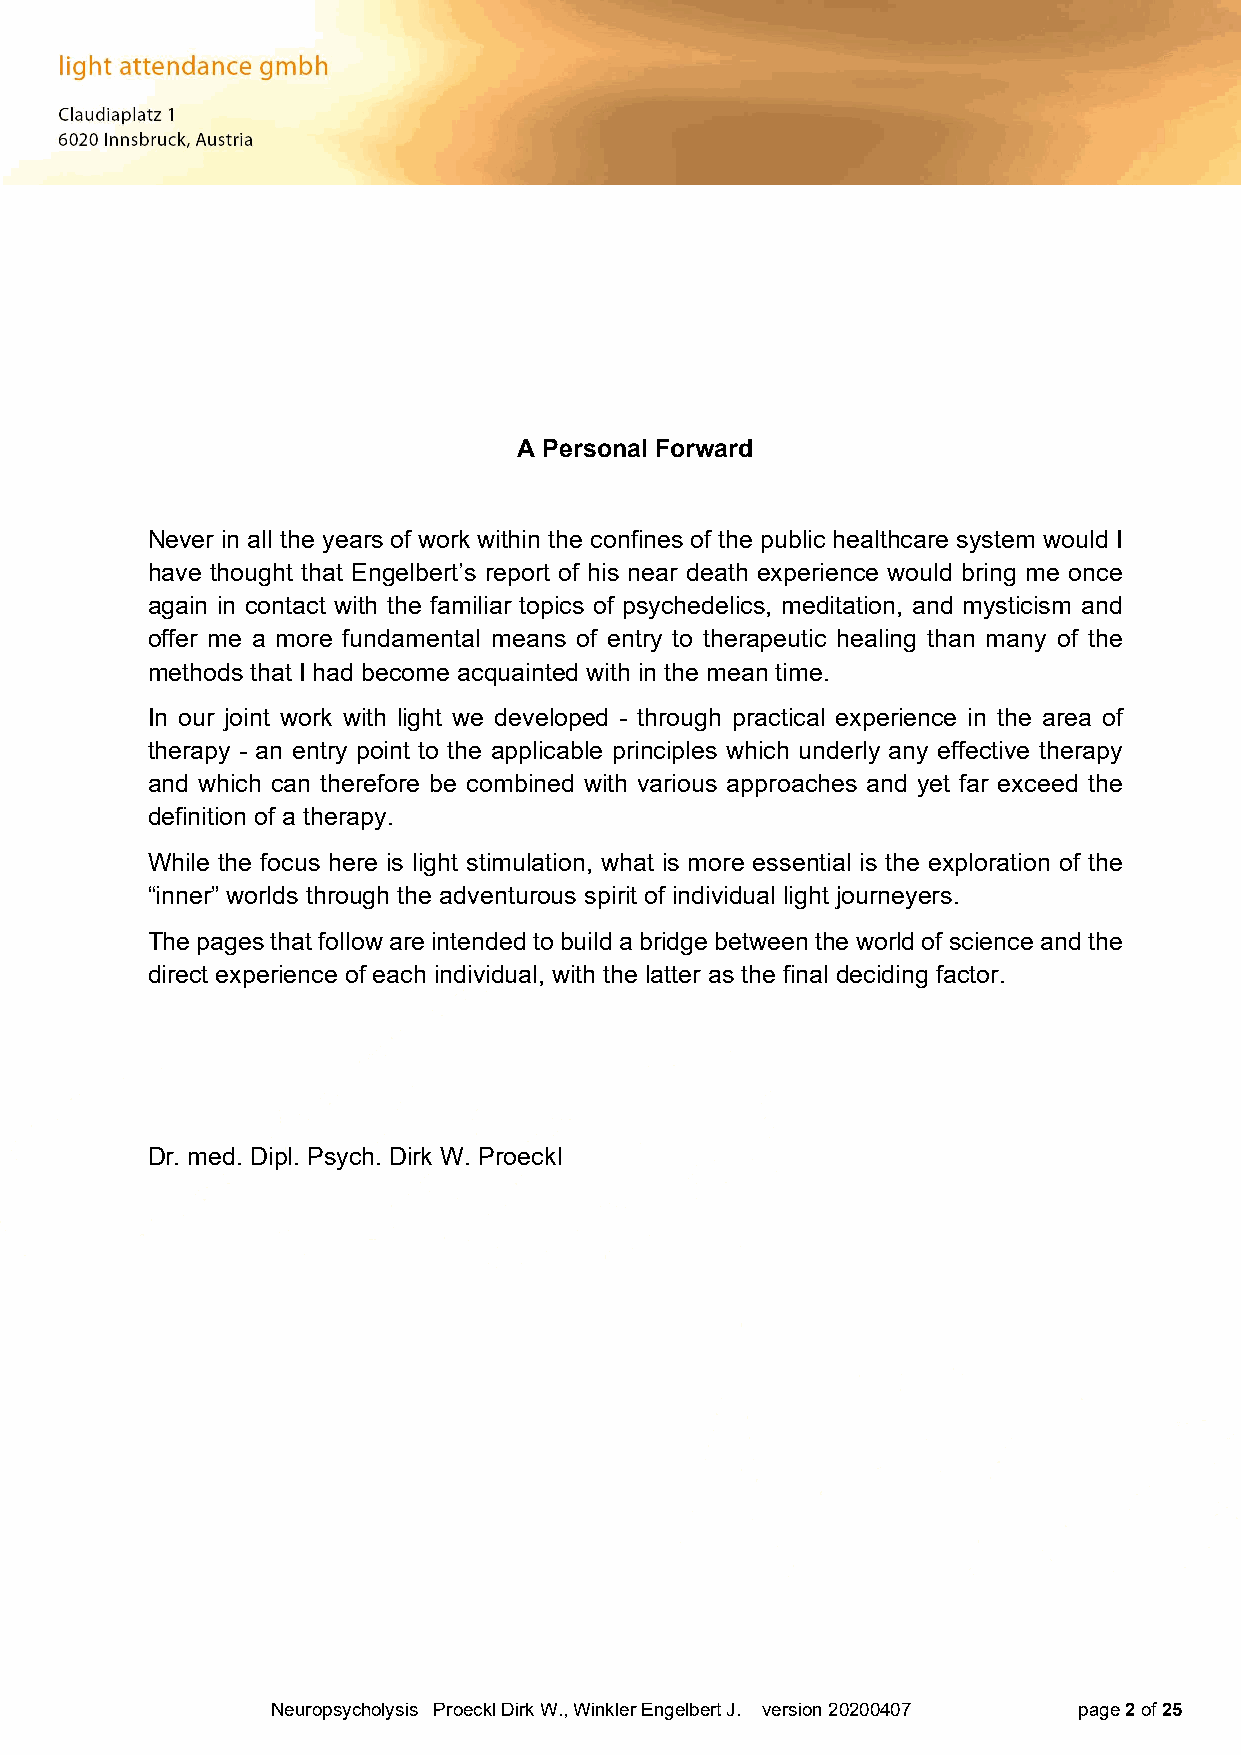
A Personal Forward
 Never in all the years of work within the confines of the public healthcare system would I
 have thought that Engelbert’s report of his near death experience would bring me once
 again in contact with the familiar topics of psychedelics, meditation, and mysticism and
 offer me a more fundamental means of entry to therapeutic healing than many of the
 methods that I had become acquainted with in the mean time.
 In our joint work with light we developed - through practical experience in the area of
 therapy - an entry point to the applicable principles which underly any effective therapy
 and which can therefore be combined with various approaches and yet far exceed the
 definition of a therapy.
 While the focus here is light stimulation, what is more essential is the exploration of the
 “inner” worlds through the adventurous spirit of individual light journeyers.
 The pages that follow are intended to build a bridge between the world of science and the
 direct experience of each individual, with the latter as the final deciding factor.
 Dr. med. Dipl. Psych. Dirk W. Proeckl
 Neuropsycholysis Proeckl Dirk W., Winkler Engelbert J. version 20200407 page 2 of 25